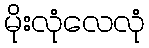
မိုးလုံလေလုံ